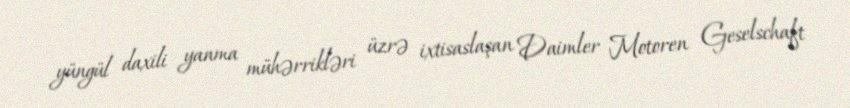
yüngül daxili yanma mühərrikləri üzrə ixtisaslaşan Daimler Motoren Geselschaft